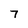
Character: 7